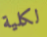
لكلية